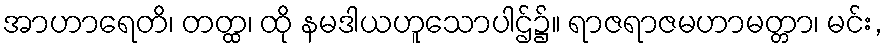
အာဟာရေတိ၊ တတ္ထ၊ ထို နမဒါယဟူသောပါဌ်၌။ ရာဇရာဇမဟာမတ္တာ၊ မင်း,